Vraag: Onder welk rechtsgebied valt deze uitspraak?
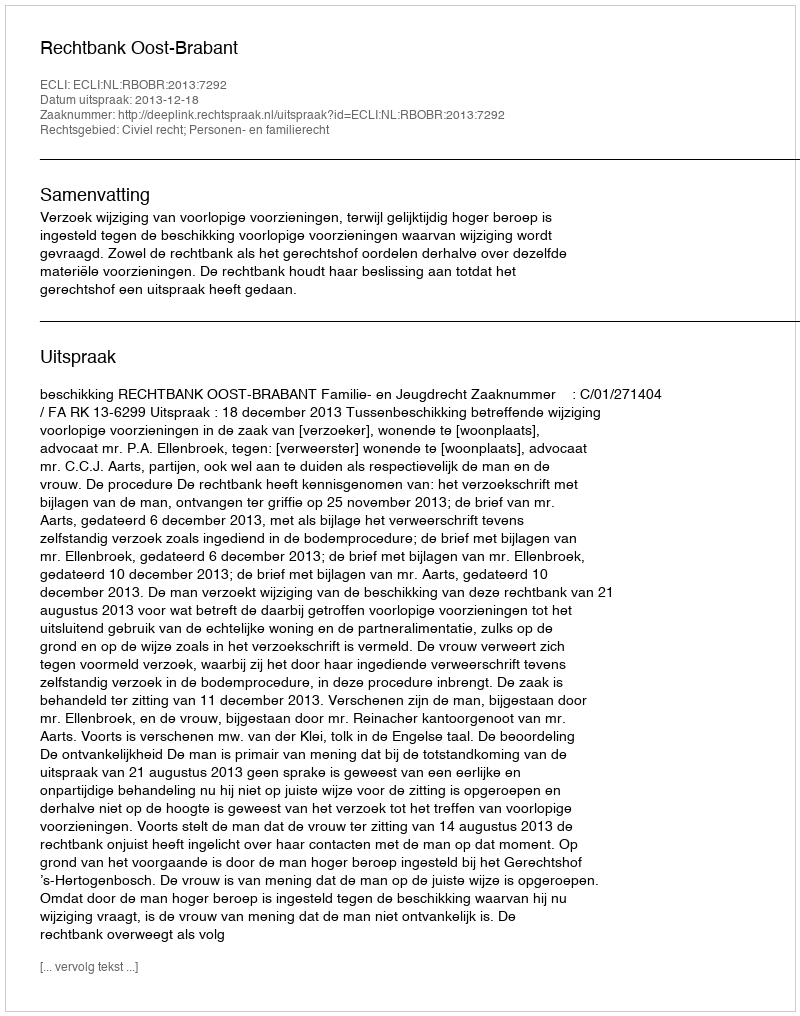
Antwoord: Civiel recht; Personen- en familierecht